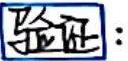
验证：